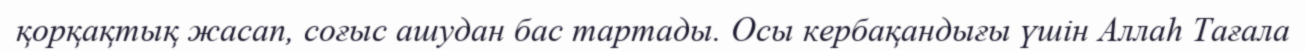
қорқақтық жасап, соғыс ашудан бас тартады. Осы кербақандығы үшін Аллаһ Тағала